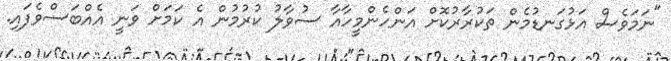
"ނަމަވެސް އަޅުގަނޑުމެން ތަކުރާރުކޮށް އަންހެންމީހާއާ ސުވާލު ކުރުމުން އެ ކަމަށް ވަނީ އެއްބަސްވެފައި.